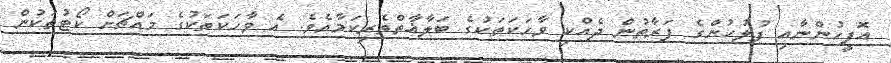
އޮފީހުންނާއި ފުލުހުންގެ ފަރާތުން ދެއްކި ވާހަކަތަކުގެ ބަލާޣާތްތެރިކަމާއެވެ. އެ ވާހަކަތަކުގެ މައްޗަށް ކޯޓުތަކުން